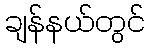
ချန်နယ်တွင်